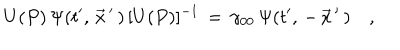
U ( P ) \, \Psi ( t ^ { \prime } , \, \vec { x } \, ^ { \prime } \, ) \, [ U ( P ) ] ^ { - 1 } \, = \, \gamma _ { 0 0 } \, \Psi ( t ^ { \prime } , \, - \, \vec { x } \, ^ { \prime } \, ) \quad ,